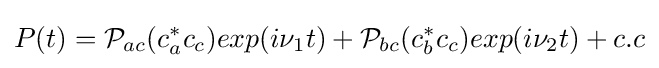
P(t)={\mathcal {P}}_{ac}(c_{a}^{*}c_{c})exp(i\nu _{1}t)+{\mathcal {P}}_{bc}(c_{b}^{*}c_{c})exp(i\nu _{2}t)+c.c